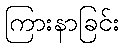
ကြားနာခြင်း